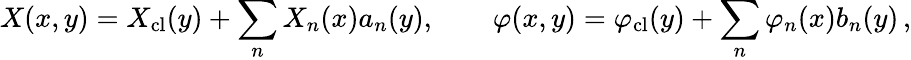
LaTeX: X(x,y)=X_{\mathrm{cl}}(y)+\sum_{n}X_{n}(x)a_{n}(y),\qquad\varphi(x,y)=\varphi_{\mathrm{cl}}(y)+\sum_{n}\varphi_{n}(x)b_{n}(y)\, ,